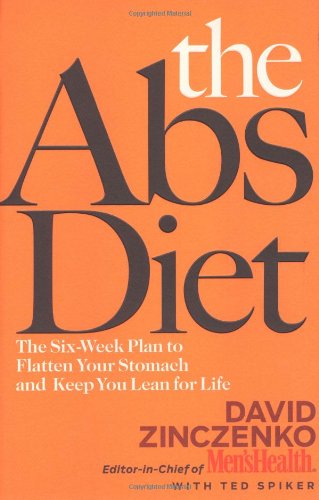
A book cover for The Abs Diet: The Six-Week Plan to Flatten Your Stomach and Keep You Lean for Life; David Zinczenko; Health, Fitness & Dieting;